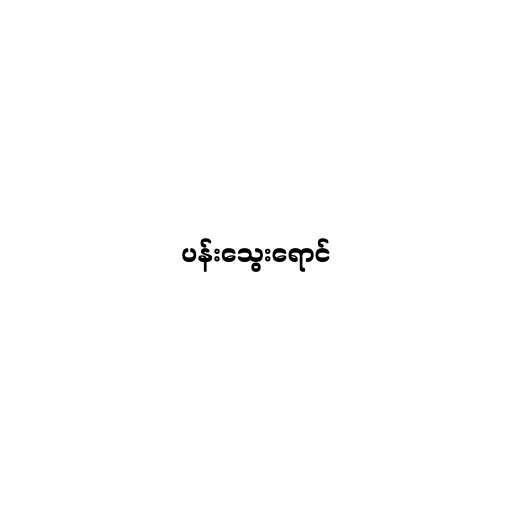
ပန်းသွေးရောင်